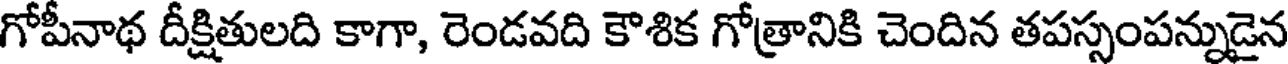
గోపీనాథ దీక్షితులది కాగా, రెండవది కౌశిక గోత్రానికి చెందిన తపస్సంపన్నుడైన